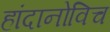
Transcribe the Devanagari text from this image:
हांदानोविच